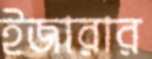
ইজারার